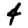
Digit: 4